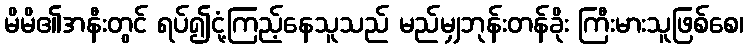
မိမိ၏အနီးတွင် ရပ်၍ငုံ့ကြည့်နေသူသည် မည်မျှဘုန်းတန်ခိုး ကြီးမားသူဖြစ်စေ၊